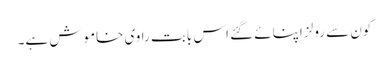
کون سے رولز اپنائے گئے اس بابت راوی خاموش ہے۔